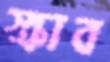
স্ক্রাব